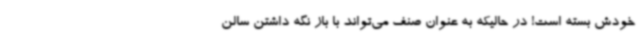
خودش بسته است! در حالیکه به عنوان صنف می‌تواند با باز نگه داشتن سالن